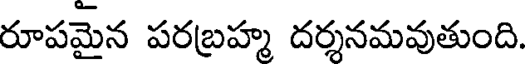
రూపమైన పరబ్రహ్మ దర్శనమవుతుంది.